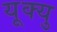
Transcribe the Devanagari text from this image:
यूक्यु